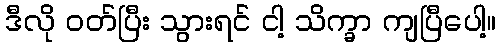
ဒီလို ဝတ်ပြီး သွားရင် ငါ့ သိက္ခာ ကျပြီပေါ့။